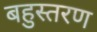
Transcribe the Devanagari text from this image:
बहुस्तरण